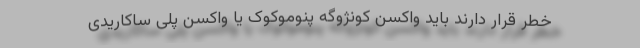
خطر قرار دارند باید واکسن کونژوگه پنوموکوک یا واکسن پلی ساکاریدی